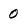
Character: 0